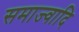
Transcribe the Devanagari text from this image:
समाज्वादि